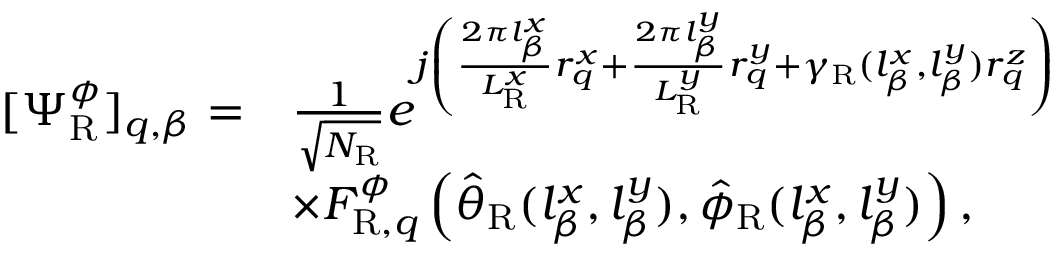
\begin{array} { r l } { [ \boldsymbol { \Psi } _ { \mathrm { R } } ^ { \phi } ] _ { q , \beta } = } & { \frac { 1 } { \sqrt { N _ { \mathrm { R } } } } e ^ { j \left( \frac { 2 \pi l _ { \beta } ^ { x } } { L _ { \mathrm { R } } ^ { x } } r _ { q } ^ { x } + \frac { 2 \pi l _ { \beta } ^ { y } } { L _ { \mathrm { R } } ^ { y } } r _ { q } ^ { y } + \gamma _ { \mathrm { R } } ( l _ { \beta } ^ { x } , l _ { \beta } ^ { y } ) r _ { q } ^ { z } \right) } } \\ & { \times F _ { \mathrm { R } , q } ^ { \phi } \left( \hat { \theta } _ { \mathrm { R } } ( l _ { \beta } ^ { x } , l _ { \beta } ^ { y } ) , \hat { \phi } _ { \mathrm { R } } ( l _ { \beta } ^ { x } , l _ { \beta } ^ { y } ) \right) , } \end{array}